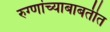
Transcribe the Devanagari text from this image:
रुग्णांच्याबाबतीत